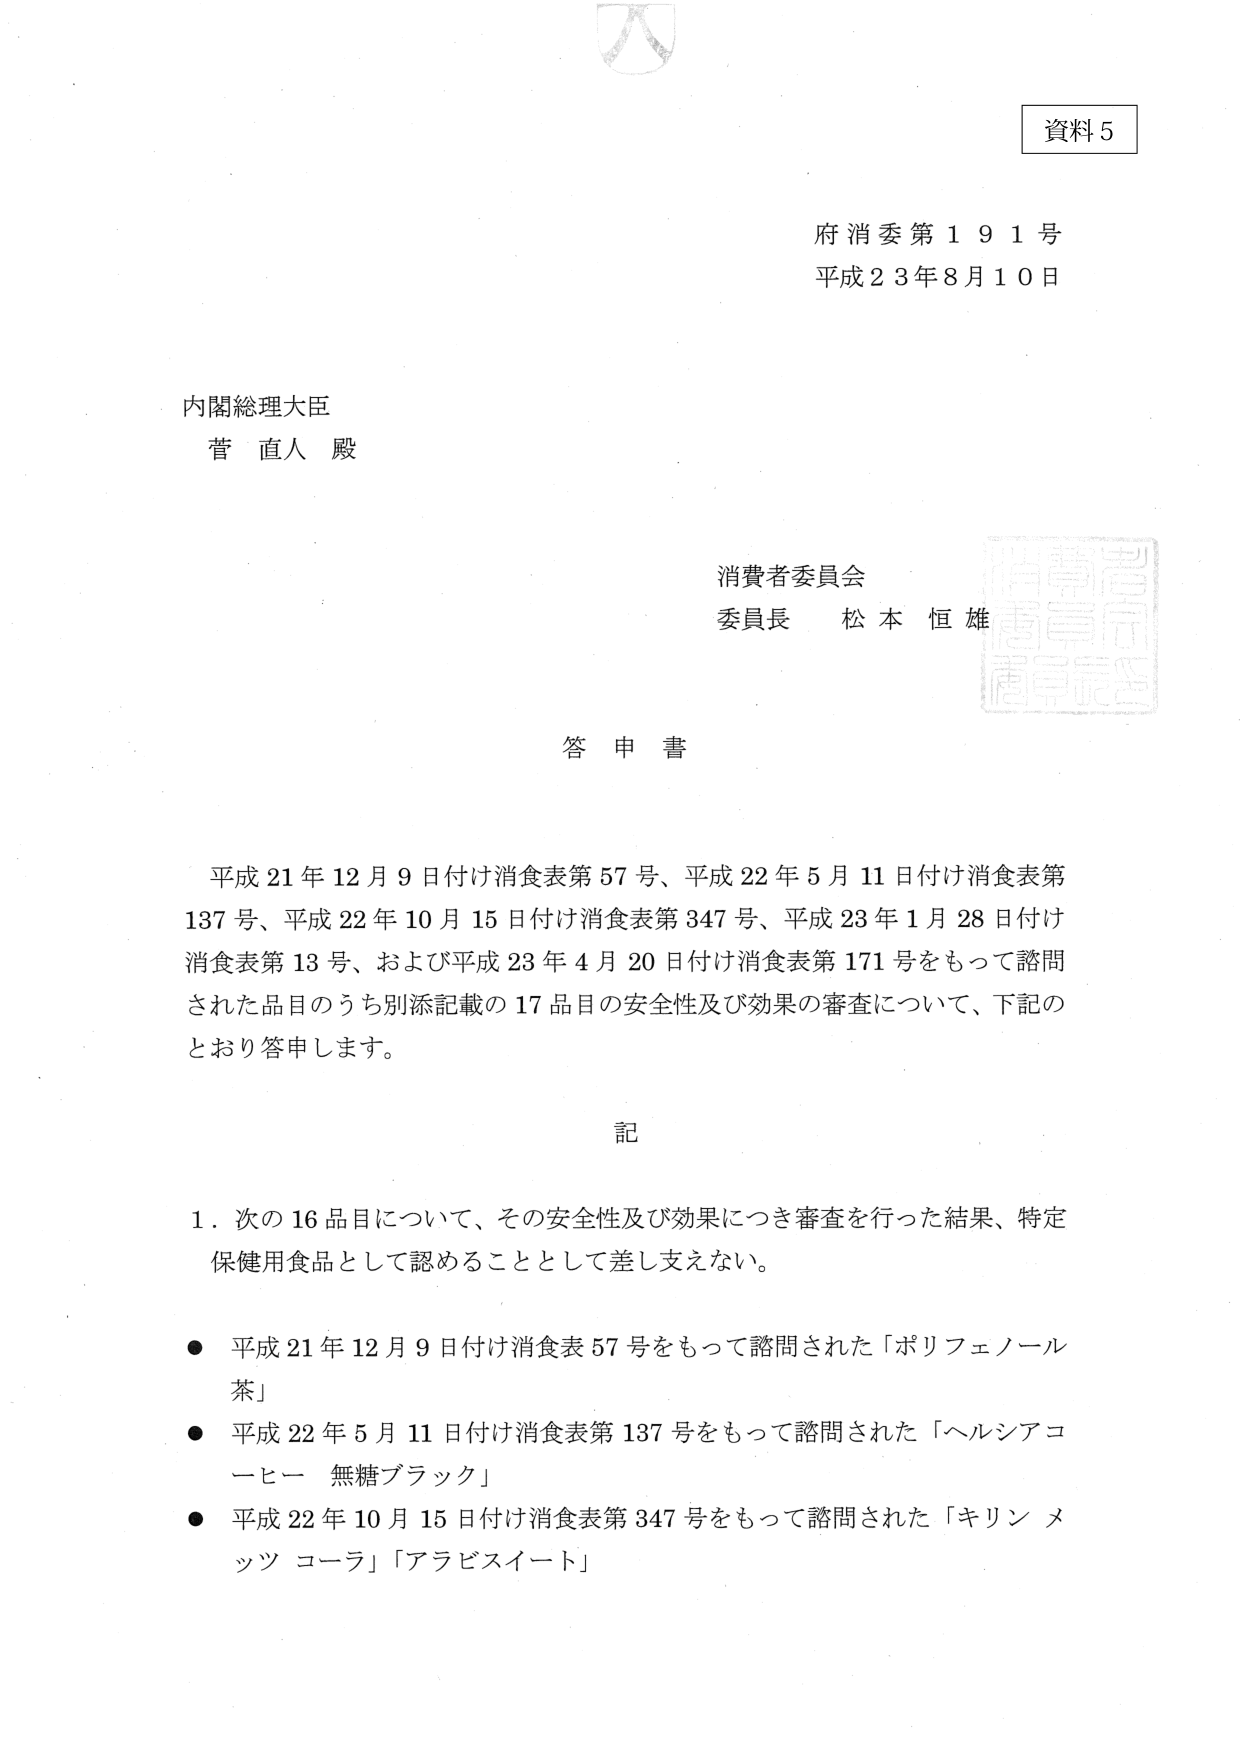
資料５

府消委第１９１号
平成２３年８月１０日

内閣総理大臣
菅 直人 殿

消費者委員会
委員長 松本 恒雄

答申書

平成２１年１２月９日付け消食表第５７号、平成２２年５月１１日付け消食表第
１３７号、平成２２年１０月１５日付け消食表第３４７号、平成２３年１月２８日付け
消食表第１３号、および平成２３年４月２０日付け消食表第１７１号をもって諮問
された品目のうち別添記載の１７品目の安全性及び効果の審査について、下記の
とおり答申します。

記

１．次の１６品目について、その安全性及び効果につき審査を行った結果、特定
保健用食品として認めることとして差し支えない。

● 平成２１年１２月９日付け消食表５７号をもって諮問された「ポリフェノール
茶」
● 平成２２年５月１１日付け消食表第１３７号をもって諮問された「ヘルシアコ
ーヒー 無糖ブラック」
● 平成２２年１０月１５日付け消食表第３４７号をもって諮問された「キリン メ
ッツ コーラ」「アラビスイート」